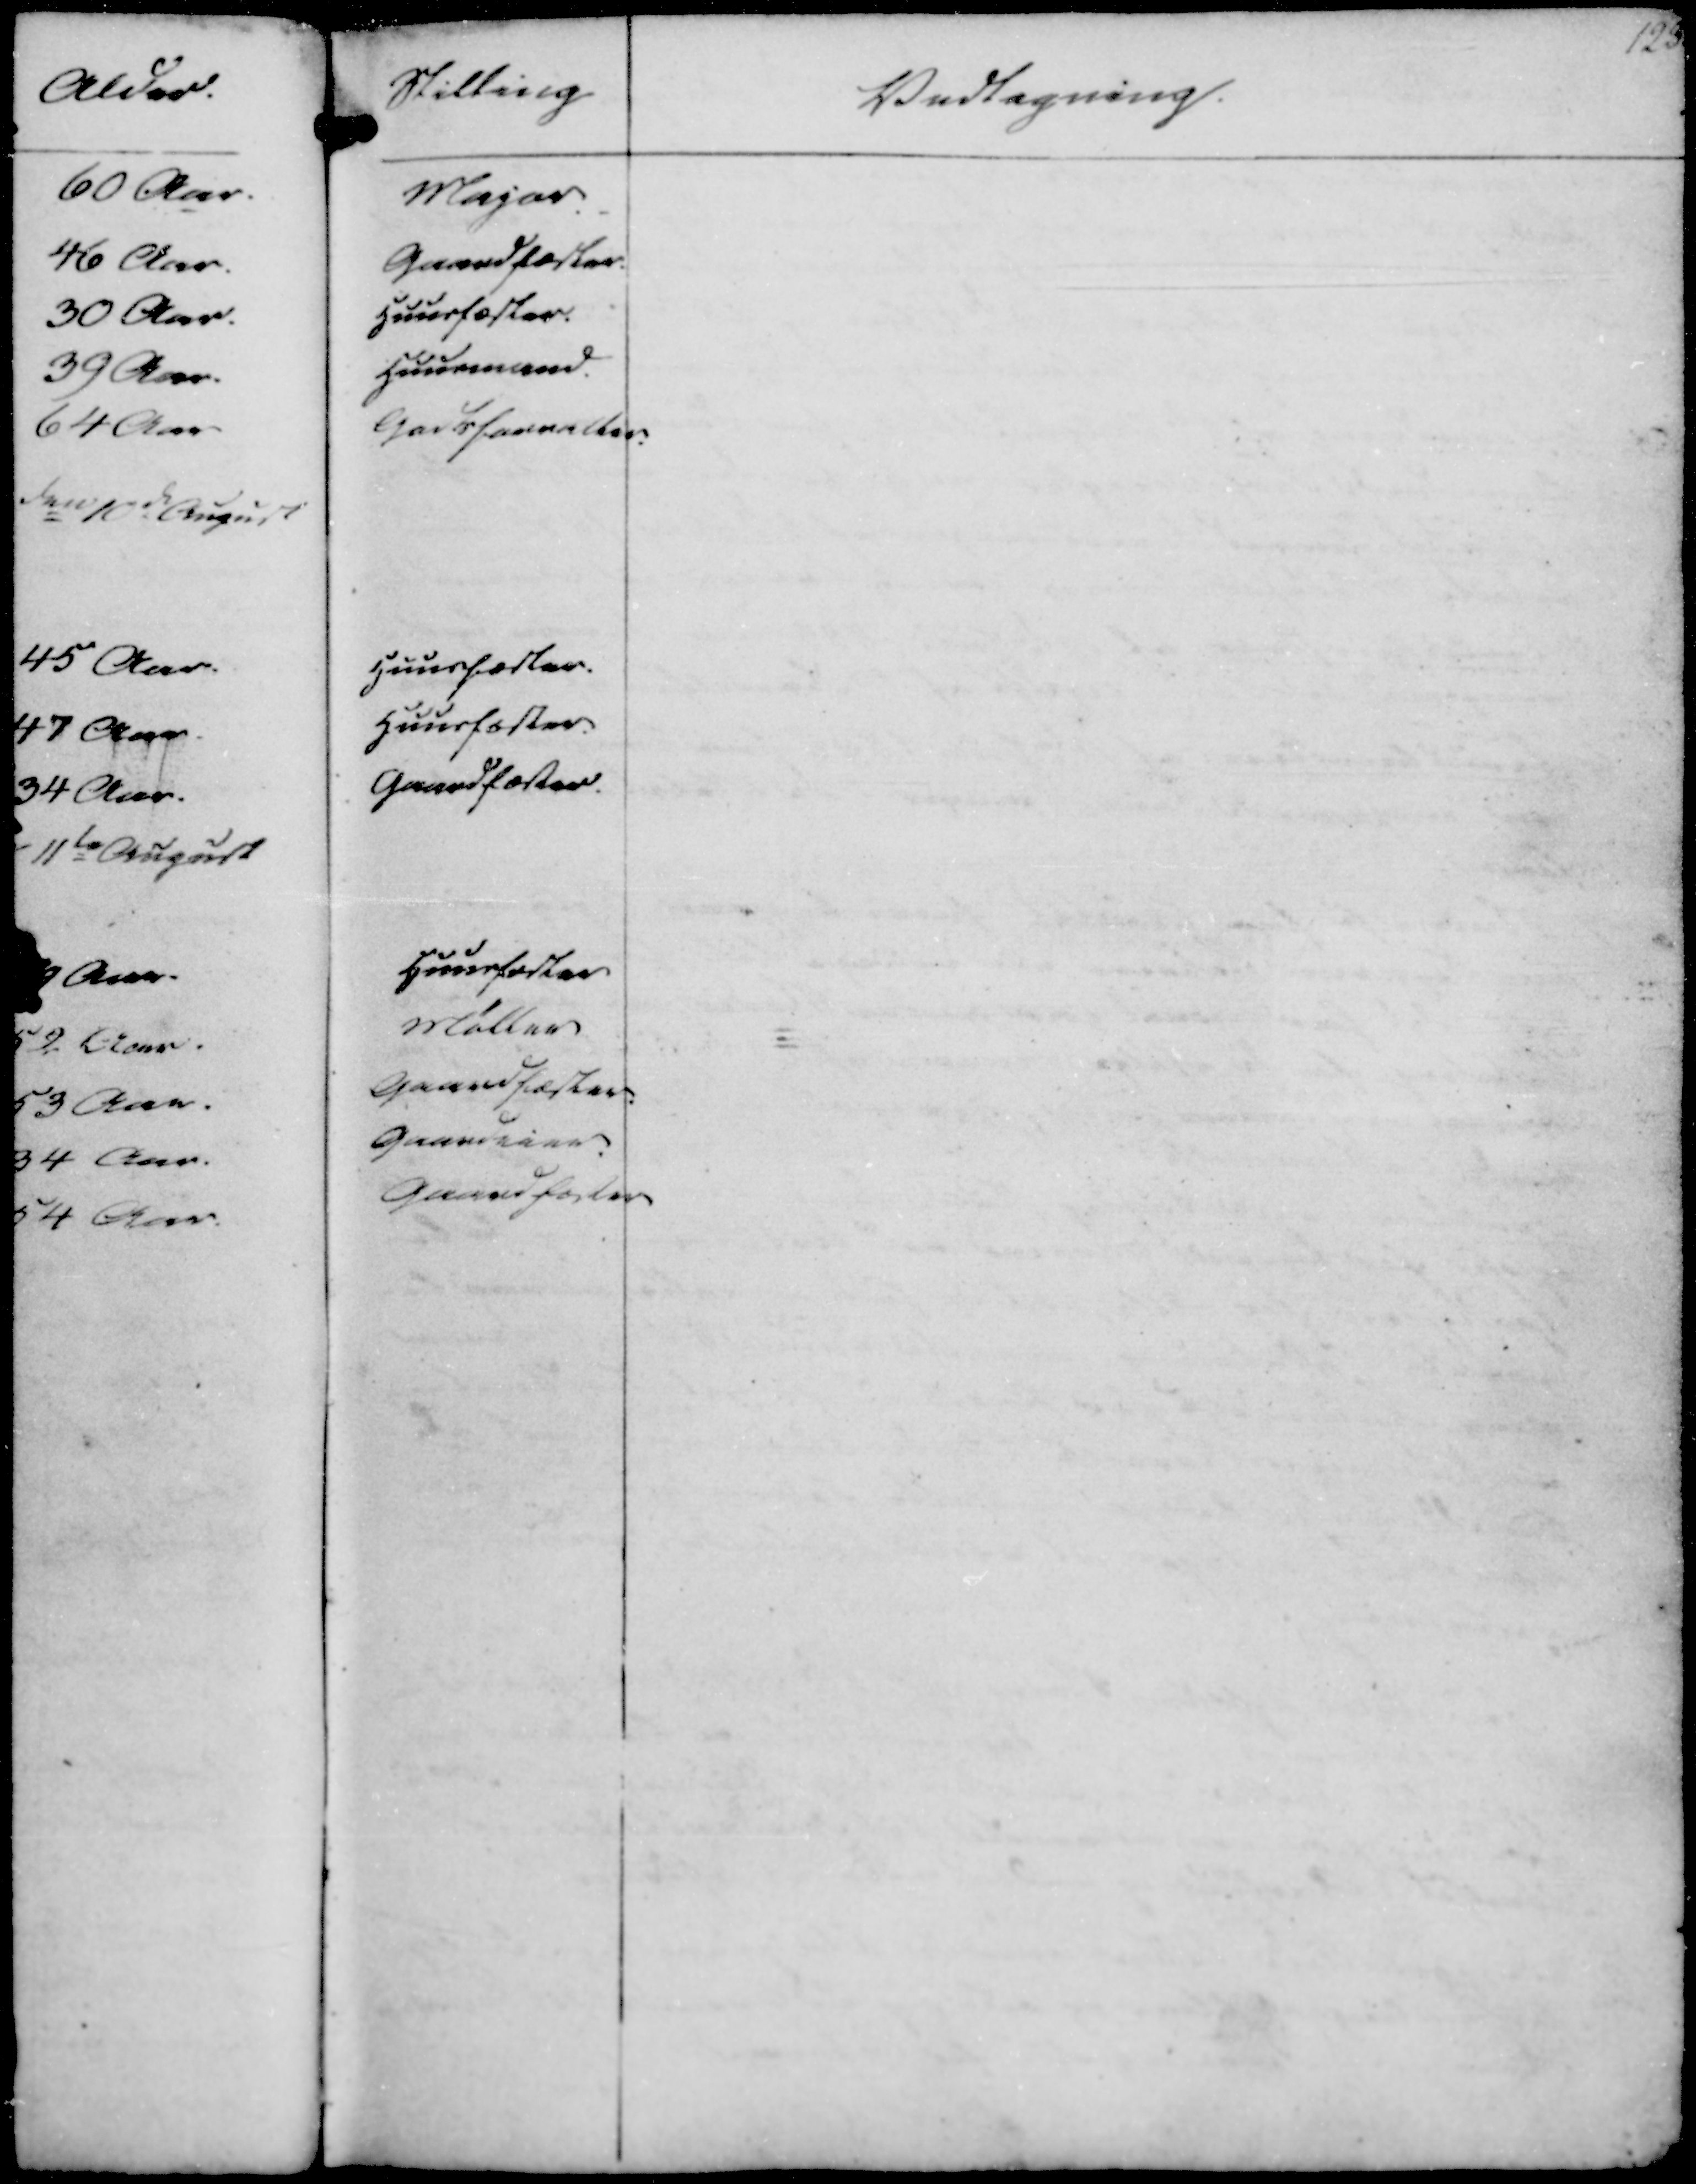
Transskription:
Stilling
Vedtagning.
193

Major.
Gaardfæster.
Huusfæster.
Huusmand.
Godsforvalter.

Huusfæster.
Huusfæster.
Gaardfæster.

Huusfæster
Møller
Gaardfæster.
Gaardeier.
Gaardfæster